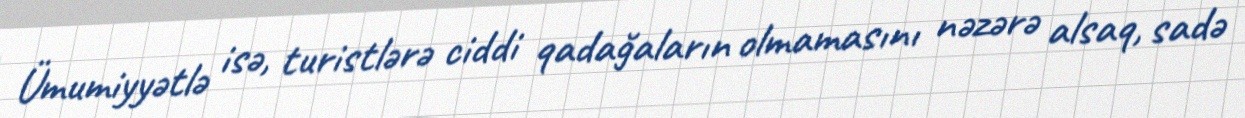
Ümumiyyətlə isə, turistlərə ciddi qadağaların olmamasını nəzərə alsaq, sadə